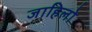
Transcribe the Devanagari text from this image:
जाहिलो